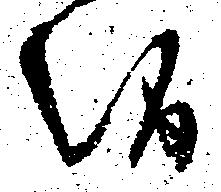
候